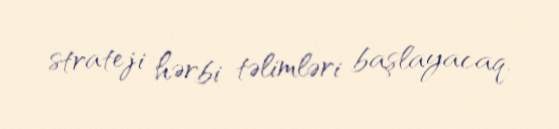
strateji hərbi təlimləri başlayacaq.